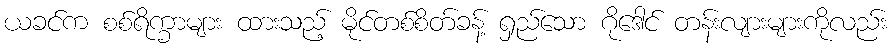
ယခင်က စစ်ရိက္ခာများ ထားသည့် မိုင်တစ်စိတ်ခန့် ရှည်သော ဂိုဒေါင် တန်းလျားများကိုလည်း